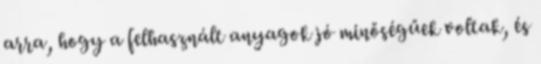
arra, hogy a felhasznált anyagok jó minőségűek voltak, és